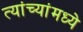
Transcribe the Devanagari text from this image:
त्यांच्यांमध्ये